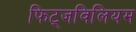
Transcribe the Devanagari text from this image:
फिट्जविलियम